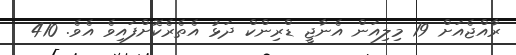
ރާއްޖެއަށް 19 މިލިއަން އެނާޖީ ޑްރިންކް ދަޅު އެތެރެކޮށްފައިވެ އެވެ. 410